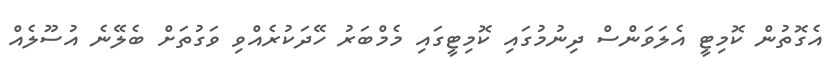
އެގޮތުން ކޮމިޓީ އެލަވަންސް ދިނުމުގައި ކޮމިޓީގައި މެމްބަރު ހޭދަކުރެއްވި ވަގުތަށް ބެލޭނެ އުސޫލެއް